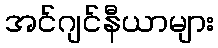
အင်ဂျင်နီယာများ